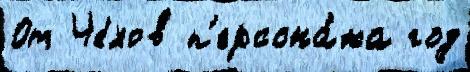
От Че́хов п'ерсона́жа год